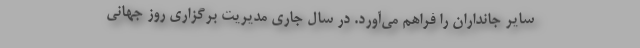
سایر جانداران را فراهم می‌آورد. در سال جاری مدیریت برگزاری روز جهانی